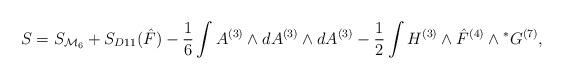
LaTeX: \begin{align*}S=S_{{\cal M}_6}+S_{D11}({\hat F})-{1\over 6}\int A^{(3)}\wedge d A^{(3)}\wedge d A^{(3)}-{1\over 2}\int H^{(3)}\wedge {\hat F}^{(4)}\wedge{}^*G^{(7)},\end{align*}